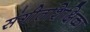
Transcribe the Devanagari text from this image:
संगीतशिक्षिका